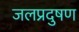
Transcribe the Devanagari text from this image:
जलप्रदुषण